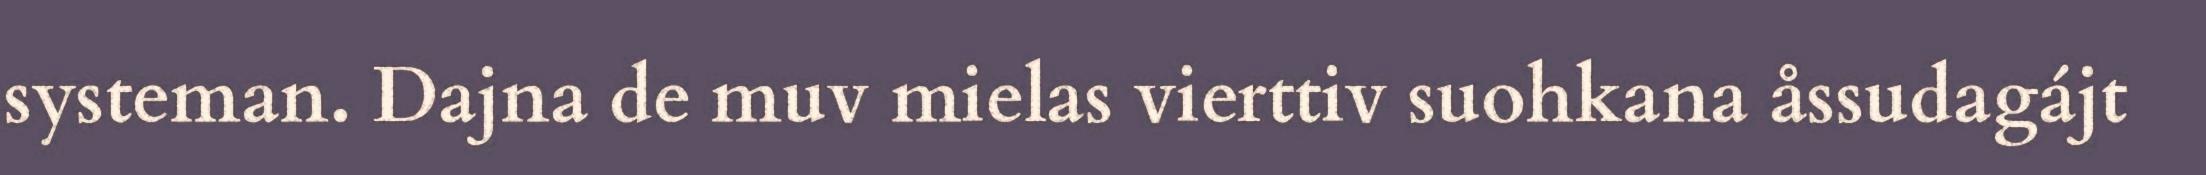
systeman. Dajna de muv mielas vierttiv suohkana åssudagájt